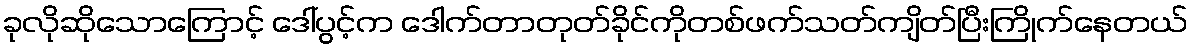
ခုလိုဆိုသောကြောင့် ဒေါ်ပွင့်က ဒေါက်တာတုတ်ခိုင်ကိုတစ်ဖက်သတ်ကျိတ်ပြီးကြိုက်နေတယ်